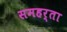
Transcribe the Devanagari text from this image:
समहर्ता